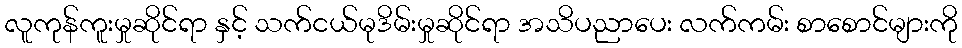
လူကုန်ကူးမှုဆိုင်ရာ နှင့် သက်ငယ်မုဒိမ်းမှုဆိုင်ရာ အသိပညာပေး လက်ကမ်း စာစောင်များကို